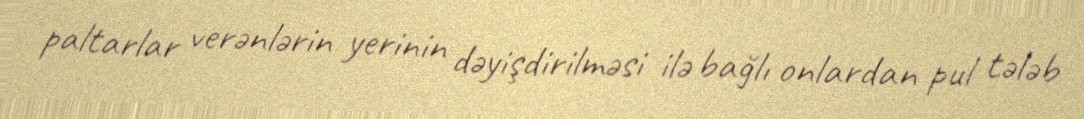
paltarlar verənlərin yerinin dəyişdirilməsi ilə bağlı onlardan pul tələb